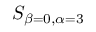
S _ { \beta = 0 , \alpha = 3 }